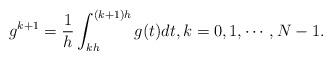
LaTeX: \begin{align*}g^{k+1}=\frac1h\int_{kh}^{(k+1)h}g(t) dt, k=0,1,\cdots,N-1.\end{align*}